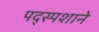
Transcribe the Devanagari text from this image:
पद्स्पशाने